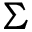
\Sigma